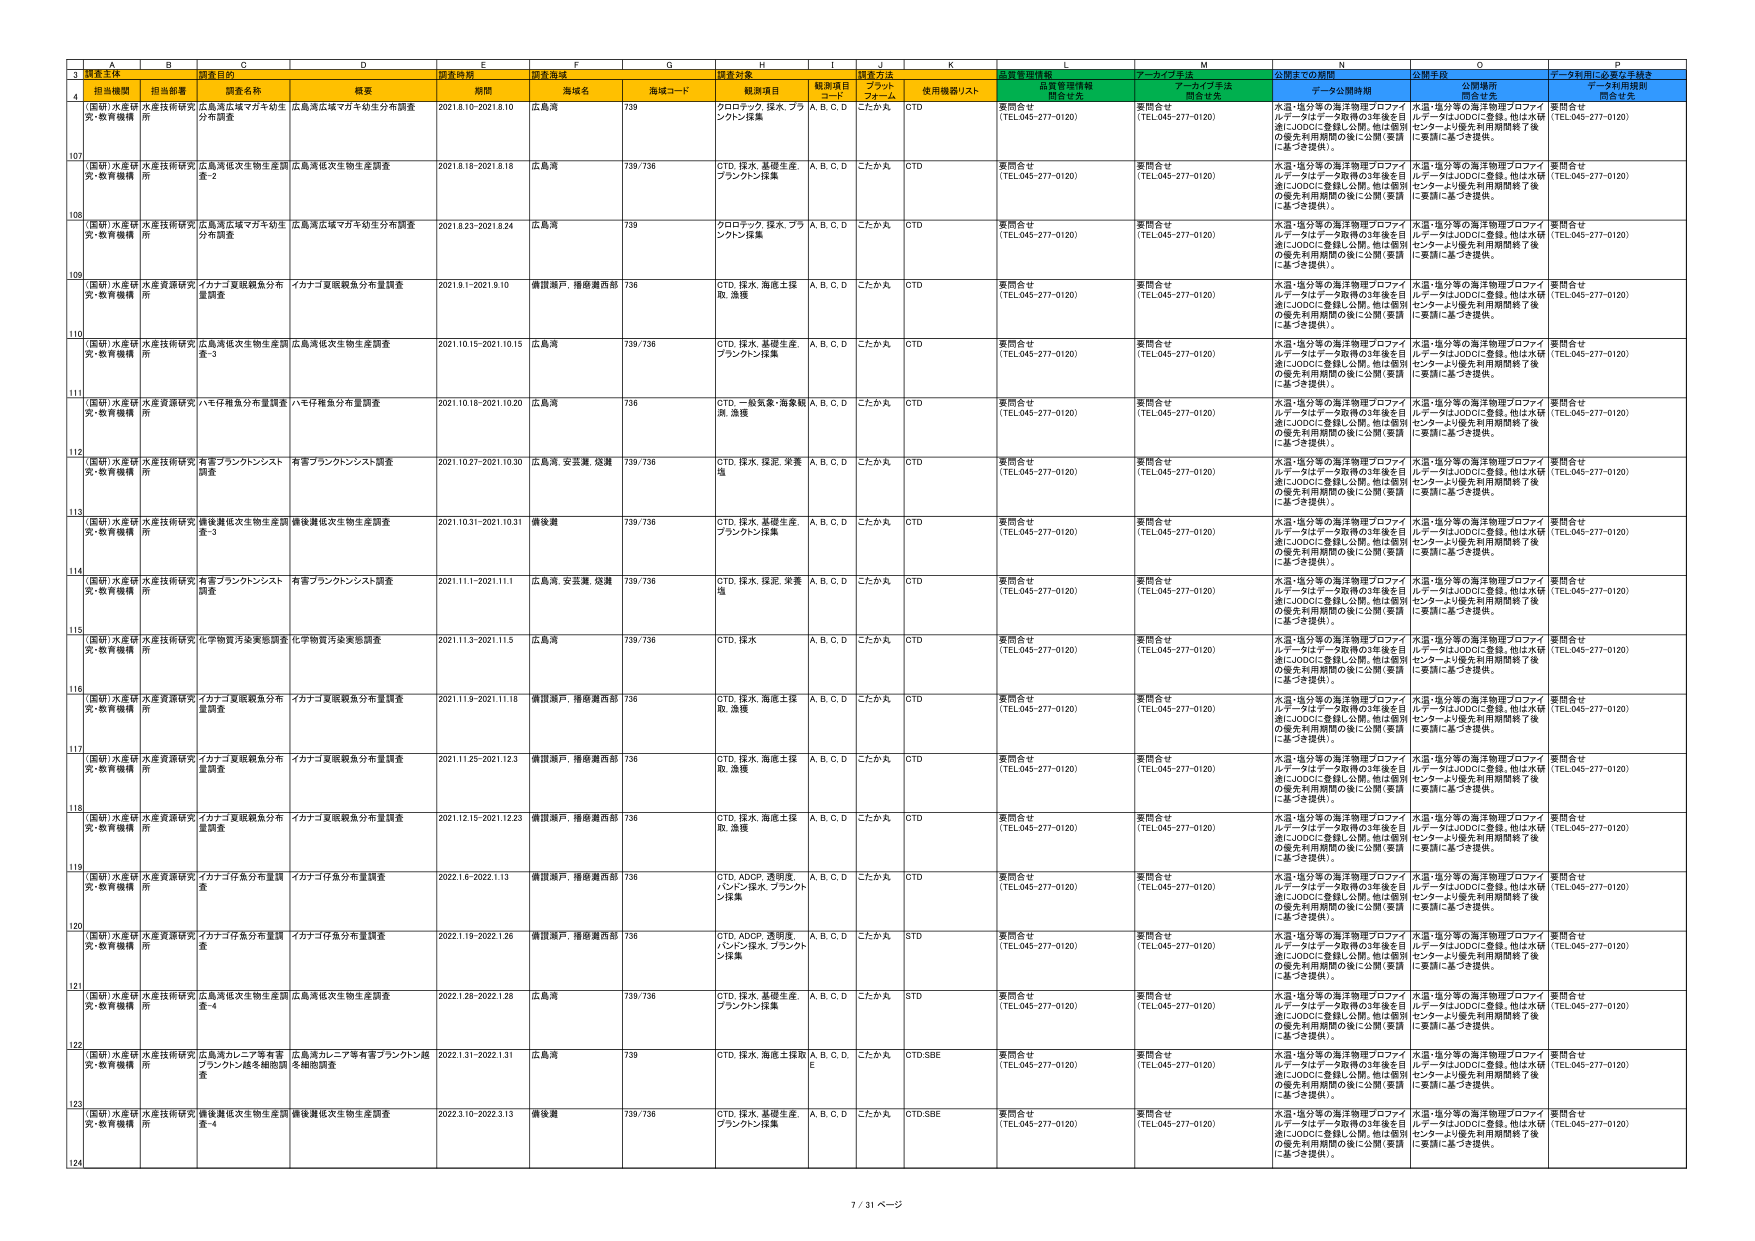
3 調査主体 調査目的 調査時期 調査海域 調査対象 調査方法 質量管理情報 アーカイブ手法 公開までの期間 公開手段 データ利用に必要な手続き
4 担当機関 担当部署 調査名称 概要 期間 海域名 海域コード 観測項目 観測項目 コード プロトコル 使用機器リスト 質量管理情報 関係者名 アーカイブ手法 関係者名 データ公開期間 公開場所 関係者名 データ利用規則 関係者名
107 （国研）水産研 究・教育機構 水産技術研究 所 広島湾広域マガキ幼生 分布調査 広島湾広域マガキ幼生分布調査 2021.8.10-2021.8.10 広島湾 739 プロロテック、採水、フラ ンクトン採集 A, B, C, D こたか丸 CTD 要問合せ （TEL.045-277-0120） 要問合せ （TEL.045-277-0120） 水温・塩分等の海洋物理プロファイ ルデータはデータ取得の3年後を目 指しJODCに登録し公開。他は個別 の優先利用期間の後に公開（要請 に基づき提供）。 水温・塩分等の海洋物理プロファイ ルデータはJODCに登録。他は水研 センターより優先利用期間終了後 に要請に基づき提供。 要問合せ （TEL.045-277-0120）
108 （国研）水産研 究・教育機構 水産技術研究 所 広島湾底次生物生産調 査-2 広島湾底次生物生産調査 2021.8.18-2021.8.18 広島湾 739/738 CTD、採水、基礎生産、 ブランクトン採集 A, B, C, D こたか丸 CTD 要問合せ （TEL.045-277-0120） 要問合せ （TEL.045-277-0120） 水温・塩分等の海洋物理プロファイ ルデータはデータ取得の3年後を目 指しJODCに登録し公開。他は個別 の優先利用期間の後に公開（要請 に基づき提供）。 水温・塩分等の海洋物理プロファイ ルデータはJODCに登録。他は水研 センターより優先利用期間終了後 に要請に基づき提供。 要問合せ （TEL.045-277-0120）
109 （国研）水産研 究・教育機構 水産技術研究 所 広島湾広域マガキ幼生 分布調査 広島湾広域マガキ幼生分布調査 2021.8.23-2021.8.24 広島湾 739 プロロテック、採水、フラ ンクトン採集 A, B, C, D こたか丸 CTD 要問合せ （TEL.045-277-0120） 要問合せ （TEL.045-277-0120） 水温・塩分等の海洋物理プロファイ ルデータはデータ取得の3年後を目 指しJODCに登録し公開。他は個別 の優先利用期間の後に公開（要請 に基づき提供）。 水温・塩分等の海洋物理プロファイ ルデータはJODCに登録。他は水研 センターより優先利用期間終了後 に要請に基づき提供。 要問合せ （TEL.045-277-0120）
110 （国研）水産研 究・教育機構 水産資源研究 所 イナナゴ夏眠鰕魚分布 量調査 イナナゴ夏眠鰕魚分布量調査 2021.9.1-2021.9.10 濱田瀬戸、播磨灘西部 736 CTD、採水、海底土採 取、漁獲 A, B, C, D こたか丸 CTD 要問合せ （TEL.045-277-0120） 要問合せ （TEL.045-277-0120） 水温・塩分等の海洋物理プロファイ ルデータはデータ取得の3年後を目 指しJODCに登録し公開。他は個別 の優先利用期間の後に公開（要請 に基づき提供）。 水温・塩分等の海洋物理プロファイ ルデータはJODCに登録。他は水研 センターより優先利用期間終了後 に要請に基づき提供。 要問合せ （TEL.045-277-0120）
111 （国研）水産研 究・教育機構 水産技術研究 所 広島湾底次生物生産調 査-3 広島湾底次生物生産調査 2021.10.15-2021.10.15 広島湾 739/738 CTD、採水、基礎生産、 ブランクトン採集 A, B, C, D こたか丸 CTD 要問合せ （TEL.045-277-0120） 要問合せ （TEL.045-277-0120） 水温・塩分等の海洋物理プロファイ ルデータはデータ取得の3年後を目 指しJODCに登録し公開。他は個別 の優先利用期間の後に公開（要請 に基づき提供）。 水温・塩分等の海洋物理プロファイ ルデータはJODCに登録。他は水研 センターより優先利用期間終了後 に要請に基づき提供。 要問合せ （TEL.045-277-0120）
112 （国研）水産研 究・教育機構 水産資源研究 所 ハマヒゲ稚魚分布量調査 ハマヒゲ稚魚分布量調査 2021.10.18-2021.10.20 広島湾 736 CTD、一般気象・海象観 測、漁獲 A, B, C, D こたか丸 CTD 要問合せ （TEL.045-277-0120） 要問合せ （TEL.045-277-0120） 水温・塩分等の海洋物理プロファイ ルデータはデータ取得の3年後を目 指しJODCに登録し公開。他は個別 の優先利用期間の後に公開（要請 に基づき提供）。 水温・塩分等の海洋物理プロファイ ルデータはJODCに登録。他は水研 センターより優先利用期間終了後 に要請に基づき提供。 要問合せ （TEL.045-277-0120）
113 （国研）水産研 究・教育機構 水産技術研究 所 有害プランクトンシスト 調査 有害プランクトンシスト調査 2021.10.27-2021.10.30 広島湾、安芸灘、燧灘 739/738 CTD、採水、採泥、栄養 塩 A, B, C, D こたか丸 CTD 要問合せ （TEL.045-277-0120） 要問合せ （TEL.045-277-0120） 水温・塩分等の海洋物理プロファイ ルデータはデータ取得の3年後を目 指しJODCに登録し公開。他は個別 の優先利用期間の後に公開（要請 に基づき提供）。 水温・塩分等の海洋物理プロファイ ルデータはJODCに登録。他は水研 センターより優先利用期間終了後 に要請に基づき提供。 要問合せ （TEL.045-277-0120）
114 （国研）水産研 究・教育機構 水産技術研究 所 播後灘底次生物生産調 査-3 播後灘底次生物生産調査 2021.10.31-2021.10.31 播後灘 739/738 CTD、採水、基礎生産、 ブランクトン採集 A, B, C, D こたか丸 CTD 要問合せ （TEL.045-277-0120） 要問合せ （TEL.045-277-0120） 水温・塩分等の海洋物理プロファイ ルデータはデータ取得の3年後を目 指しJODCに登録し公開。他は個別 の優先利用期間の後に公開（要請 に基づき提供）。 水温・塩分等の海洋物理プロファイ ルデータはJODCに登録。他は水研 センターより優先利用期間終了後 に要請に基づき提供。 要問合せ （TEL.045-277-0120）
115 （国研）水産研 究・教育機構 水産技術研究 所 有害プランクトンシスト 調査 有害プランクトンシスト調査 2021.11.1-2021.11.1 広島湾、安芸灘、燧灘 739/738 CTD、採水、採泥、栄養 塩 A, B, C, D こたか丸 CTD 要問合せ （TEL.045-277-0120） 要問合せ （TEL.045-277-0120） 水温・塩分等の海洋物理プロファイ ルデータはデータ取得の3年後を目 指しJODCに登録し公開。他は個別 の優先利用期間の後に公開（要請 に基づき提供）。 水温・塩分等の海洋物理プロファイ ルデータはJODCに登録。他は水研 センターより優先利用期間終了後 に要請に基づき提供。 要問合せ （TEL.045-277-0120）
116 （国研）水産研 究・教育機構 水産技術研究 所 化学物質汚染実態調査 化学物質汚染実態調査 2021.11.3-2021.11.5 広島湾 739/738 CTD、採水 A, B, C, D こたか丸 CTD 要問合せ （TEL.045-277-0120） 要問合せ （TEL.045-277-0120） 水温・塩分等の海洋物理プロファイ ルデータはデータ取得の3年後を目 指しJODCに登録し公開。他は個別 の優先利用期間の後に公開（要請 に基づき提供）。 水温・塩分等の海洋物理プロファイ ルデータはJODCに登録。他は水研 センターより優先利用期間終了後 に要請に基づき提供。 要問合せ （TEL.045-277-0120）
117 （国研）水産研 究・教育機構 水産資源研究 所 イナナゴ夏眠鰕魚分布 量調査 イナナゴ夏眠鰕魚分布量調査 2021.11.9-2021.11.18 濱田瀬戸、播磨灘西部 736 CTD、採水、海底土採 取、漁獲 A, B, C, D こたか丸 CTD 要問合せ （TEL.045-277-0120） 要問合せ （TEL.045-277-0120） 水温・塩分等の海洋物理プロファイ ルデータはデータ取得の3年後を目 指しJODCに登録し公開。他は個別 の優先利用期間の後に公開（要請 に基づき提供）。 水温・塩分等の海洋物理プロファイ ルデータはJODCに登録。他は水研 センターより優先利用期間終了後 に要請に基づき提供。 要問合せ （TEL.045-277-0120）
118 （国研）水産研 究・教育機構 水産資源研究 所 イナナゴ夏眠鰕魚分布 量調査 イナナゴ夏眠鰕魚分布量調査 2021.11.25-2021.12.3 濱田瀬戸、播磨灘西部 736 CTD、採水、海底土採 取、漁獲 A, B, C, D こたか丸 CTD 要問合せ （TEL.045-277-0120） 要問合せ （TEL.045-277-0120） 水温・塩分等の海洋物理プロファイ ルデータはデータ取得の3年後を目 指しJODCに登録し公開。他は個別 の優先利用期間の後に公開（要請 に基づき提供）。 水温・塩分等の海洋物理プロファイ ルデータはJODCに登録。他は水研 センターより優先利用期間終了後 に要請に基づき提供。 要問合せ （TEL.045-277-0120）
119 （国研）水産研 究・教育機構 水産資源研究 所 イナナゴ夏眠鰕魚分布 量調査 イナナゴ夏眠鰕魚分布量調査 2021.12.15-2021.12.23 濱田瀬戸、播磨灘西部 736 CTD、採水、海底土採 取、漁獲 A, B, C, D こたか丸 CTD 要問合せ （TEL.045-277-0120） 要問合せ （TEL.045-277-0120） 水温・塩分等の海洋物理プロファイ ルデータはデータ取得の3年後を目 指しJODCに登録し公開。他は個別 の優先利用期間の後に公開（要請 に基づき提供）。 水温・塩分等の海洋物理プロファイ ルデータはJODCに登録。他は水研 センターより優先利用期間終了後 に要請に基づき提供。 要問合せ （TEL.045-277-0120）
120 （国研）水産研 究・教育機構 水産資源研究 所 イナナゴ仔魚分布量調 査 イナナゴ仔魚分布量調査 2022.1.6-2022.1.13 濱田瀬戸、播磨灘西部 736 CTD、ADCP、透明度、 パンピン採水、プランクト ン採集 A, B, C, D こたか丸 CTD 要問合せ （TEL.045-277-0120） 要問合せ （TEL.045-277-0120） 水温・塩分等の海洋物理プロファイ ルデータはデータ取得の3年後を目 指しJODCに登録し公開。他は個別 の優先利用期間の後に公開（要請 に基づき提供）。 水温・塩分等の海洋物理プロファイ ルデータはJODCに登録。他は水研 センターより優先利用期間終了後 に要請に基づき提供。 要問合せ （TEL.045-277-0120）
121 （国研）水産研 究・教育機構 水産資源研究 所 イナナゴ仔魚分布量調 査 イナナゴ仔魚分布量調査 2022.1.19-2022.1.26 濱田瀬戸、播磨灘西部 736 CTD、ADCP、透明度、 パンピン採水、プランクト ン採集 A, B, C, D こたか丸 STD 要問合せ （TEL.045-277-0120） 要問合せ （TEL.045-277-0120） 水温・塩分等の海洋物理プロファイ ルデータはデータ取得の3年後を目 指しJODCに登録し公開。他は個別 の優先利用期間の後に公開（要請 に基づき提供）。 水温・塩分等の海洋物理プロファイ ルデータはJODCに登録。他は水研 センターより優先利用期間終了後 に要請に基づき提供。 要問合せ （TEL.045-277-0120）
122 （国研）水産研 究・教育機構 水産技術研究 所 広島湾底次生物生産調 査-4 広島湾底次生物生産調査 2022.1.28-2022.1.28 広島湾 739/738 CTD、採水、基礎生産、 ブランクトン採集 A, B, C, D こたか丸 STD 要問合せ （TEL.045-277-0120） 要問合せ （TEL.045-277-0120） 水温・塩分等の海洋物理プロファイ ルデータはデータ取得の3年後を目 指しJODCに登録し公開。他は個別 の優先利用期間の後に公開（要請 に基づき提供）。 水温・塩分等の海洋物理プロファイ ルデータはJODCに登録。他は水研 センターより優先利用期間終了後 に要請に基づき提供。 要問合せ （TEL.045-277-0120）
123 （国研）水産研 究・教育機構 水産技術研究 所 広島湾カレイ等有害 プランクトン超々細胞調 査 広島湾カレイ等有害プランクトン超 々細胞調査 2022.1.31-2022.1.31 広島湾 739 CTD、採水、海底土採取 A, B, C, D, E こたか丸 CTD,SBE 要問合せ （TEL.045-277-0120） 要問合せ （TEL.045-277-0120） 水温・塩分等の海洋物理プロファイ ルデータはデータ取得の3年後を目 指しJODCに登録し公開。他は個別 の優先利用期間の後に公開（要請 に基づき提供）。 水温・塩分等の海洋物理プロファイ ルデータはJODCに登録。他は水研 センターより優先利用期間終了後 に要請に基づき提供。 要問合せ （TEL.045-277-0120）
124 （国研）水産研 究・教育機構 水産技術研究 所 播後灘底次生物生産調 査-4 播後灘底次生物生産調査 2022.3.10-2022.3.13 播後灘 739/738 CTD、採水、基礎生産、 ブランクトン採集 A, B, C, D こたか丸 CTD,SBE 要問合せ （TEL.045-277-0120） 要問合せ （TEL.045-277-0120） 水温・塩分等の海洋物理プロファイ ルデータはデータ取得の3年後を目 指しJODCに登録し公開。他は個別 の優先利用期間の後に公開（要請 に基づき提供）。 水温・塩分等の海洋物理プロファイ ルデータはJODCに登録。他は水研 センターより優先利用期間終了後 に要請に基づき提供。 要問合せ （TEL.045-277-0120）
7 / 31 ページ